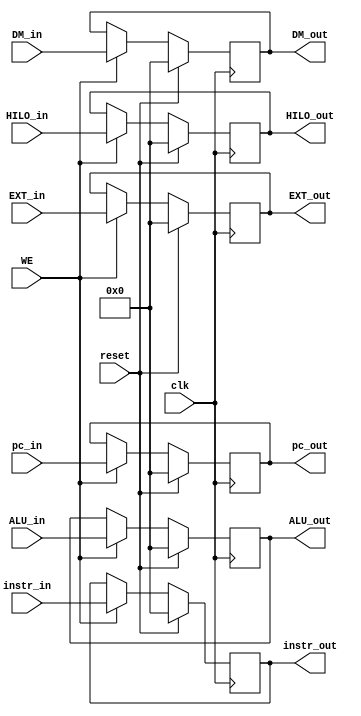
module W_REG (
    input clk,
    input reset,
    input WE,
    input [31:0] instr_in,
    input [31:0] pc_in,
    input [31:0] ALU_in,
    input [31:0] DM_in,
    input [31:0] HILO_in,
    input [31:0] EXT_in,
    output reg [31:0] instr_out,
    output reg [31:0] pc_out,
    output reg [31:0] ALU_out,
    output reg [31:0] DM_out,
    output reg [31:0] HILO_out,
    output reg [31:0] EXT_out
);

    always @(posedge clk) begin
        if (reset) begin
            instr_out   <= 0;
            pc_out      <= 0;
            ALU_out     <= 0;
            DM_out      <= 0;
            HILO_out    <= 0;
            EXT_out     <= 0;
        end else if(WE) begin
            instr_out    <= instr_in;
            pc_out       <= pc_in;
            ALU_out      <= ALU_in;
            DM_out       <= DM_in;
            HILO_out     <= HILO_in;
            EXT_out      <= EXT_in;
        end
    end

endmodule